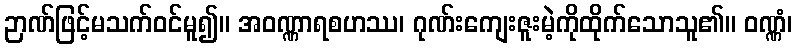
ဉာဏ်ဖြင့်မသက်ဝင်မူ၍။ အဝဏ္ဏာရစဟဿ၊ ဂုဏ်းကျေးဇူးမဲ့ကိုထိုက်သောသူ၏။ ဝဏ္ဏံ၊